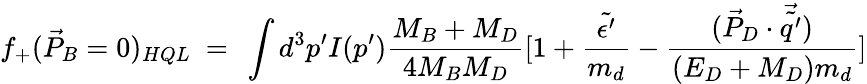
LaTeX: f_{+}(\vec{P}_{B}=0)_{HQL}\ =\ \int d^{3}p^{\prime}I(p^{\prime})\frac{M_{B}+M_{D}}{4M_{B}M_{D}}[1+\frac{\tilde{\epsilon^{\prime}}}{m_{d}}-\frac{(\vec{P}_{D}\cdot\vec{\tilde{q^{\prime}}})}{(E_{D}+M_{D})m_{d}}]